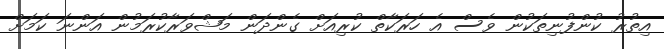
އިތުރު ކުންފުނިތަކުން ވެސް އެ ހަރަކާތް ކުރިއަށް ގެންދަން މަޝްވަރާކުރަމުން އަންނަ ކަމަށް